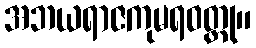
အဘယရာဇကုမရဝတ္ထု။